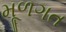
મૂળગત